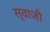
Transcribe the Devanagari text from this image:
स्वाजी